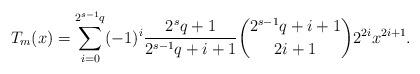
LaTeX: \begin{align*} T_{m}(x) &= \sum_{i=0}^{2^{s-1}q}(-1)^{i}\frac{2^{s}q+1}{ 2^{s-1}q+i+1}{2^{s-1}q+i+1 \choose 2i+1 } 2^{2i}x^{2i+1}. \end{align*}